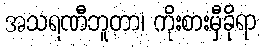
အသရဏီဘူတာ၊ ကိုးစားမှီခိုရာ